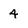
Character: 4